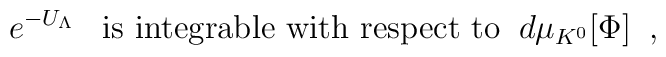
e^{-U_\Lambda} \; \; \; \mbox{is integrable with respect to} \; \;d\mu_{K^0}[\Phi] \; \; ,